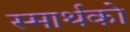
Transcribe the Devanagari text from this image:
स्मार्थको